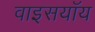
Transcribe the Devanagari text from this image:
वाइसयॉय